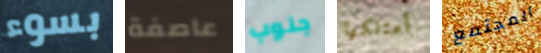
بسوء عاصفة جنوب أمتلكها المجتمع